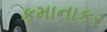
કમાનાકર